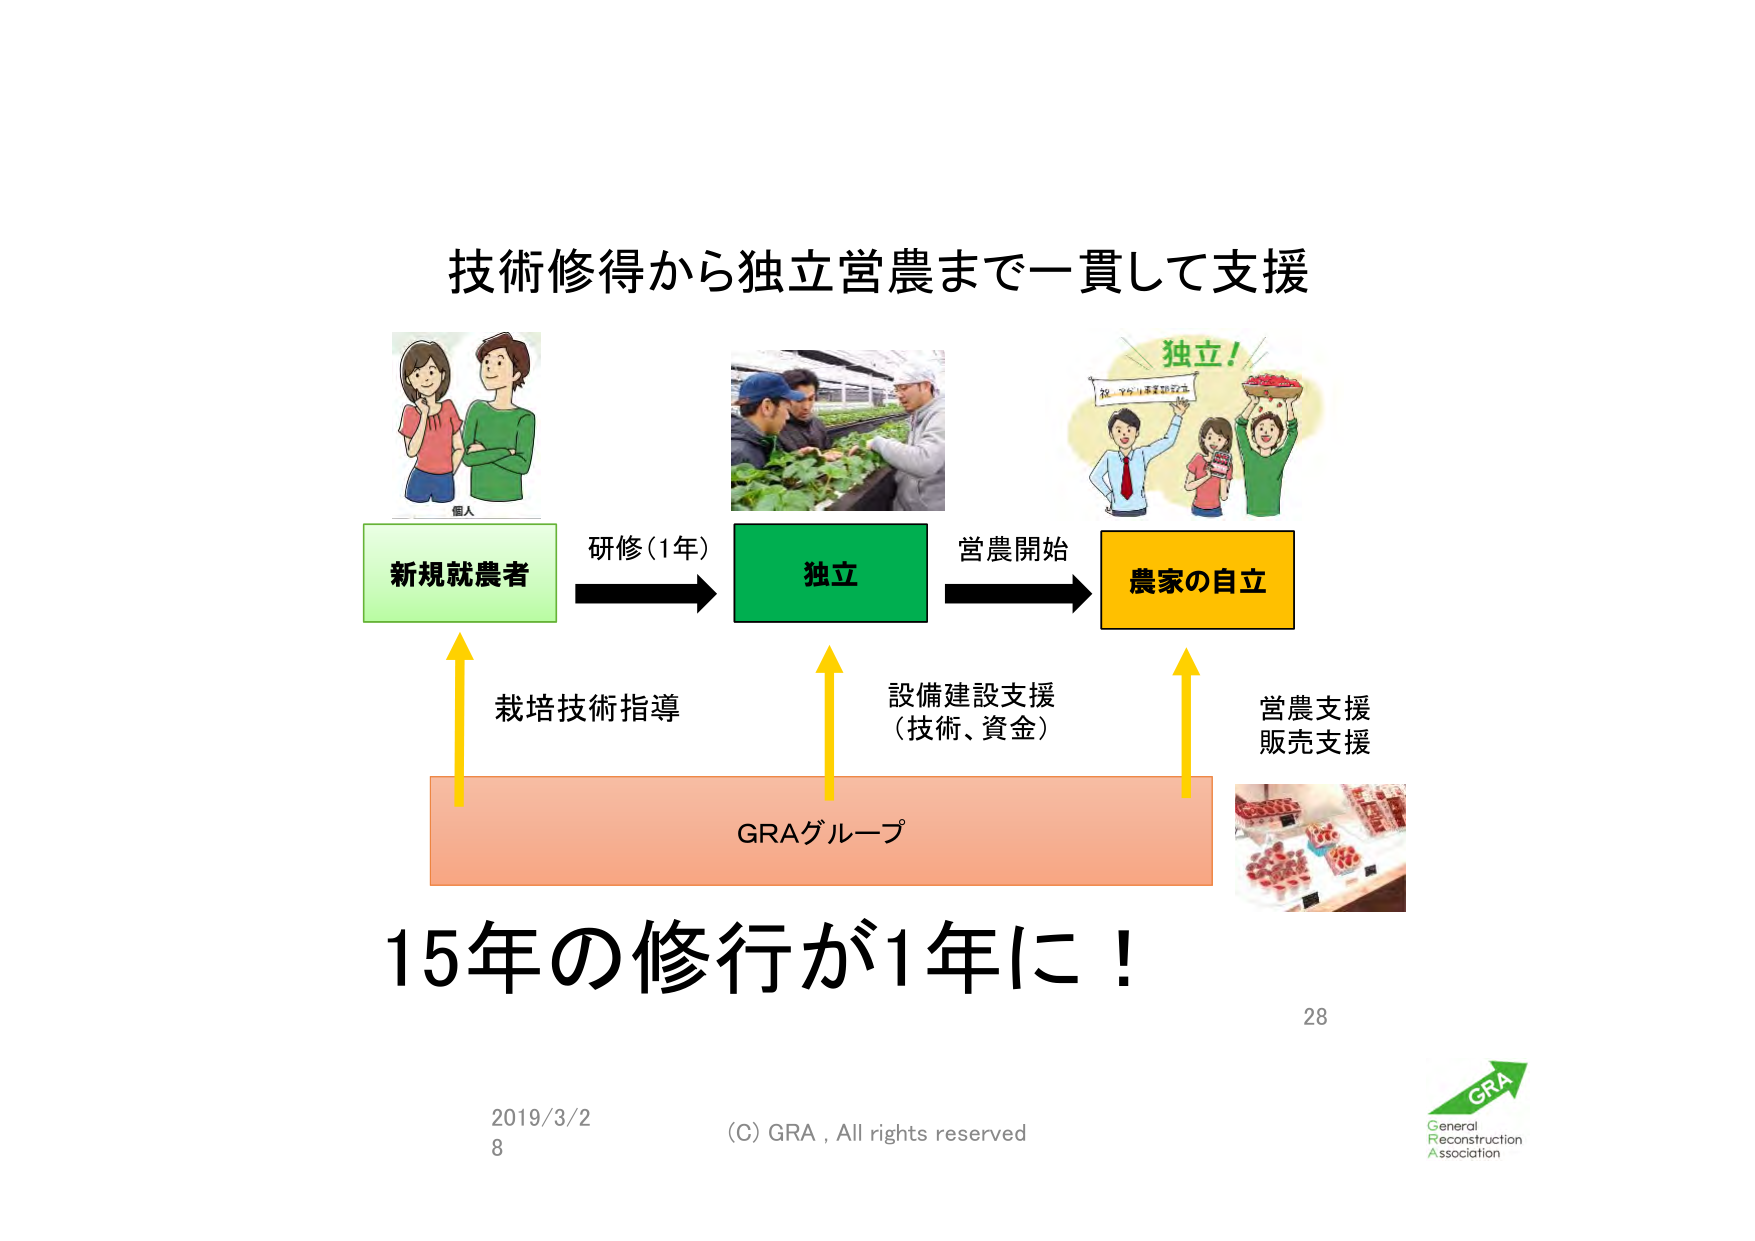
技術修得から独立営農まで一貫して支援

個人
新規就農者
研修（1年）
独立
営農開始
農家の自立

栽培技術指導
設備建設支援
（技術、資金）
営農支援
販売支援

GRAグループ

15年の修行が1年に！

2019/3/2
8
(C) GRA, All rights reserved
28

GRA
General
Reconstruction
Association

独立！
祝 かのじょ農業独立記念